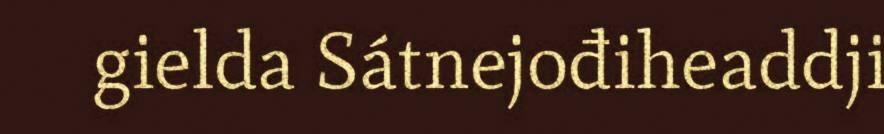
gielda Sátnejođiheaddji